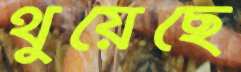
থুয়েছে